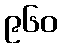
၉၆၀